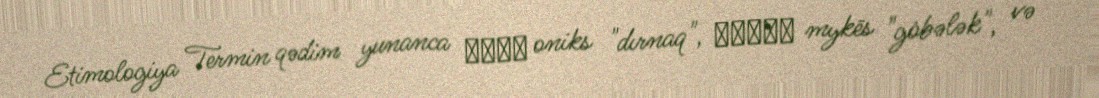
Etimologiya Termin qədim yunanca ὄνυξ oniks "dırnaq", μύκης mykēs "göbələk", və